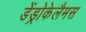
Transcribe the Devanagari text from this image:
डेंड्रोकेलैमस